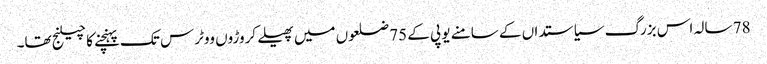
78 سالہ اس بزرگ سیاستداں کے سامنے یو پی کے 75 ضلعوں میں پھیلے کروڑوں ووٹرس تک پہنچنے کا چیلنج تھا۔